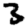
Digit: 3